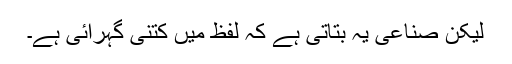
لیکن صناعی یہ بتاتی ہے کہ لفظ میں کتنی گہرائی ہے۔